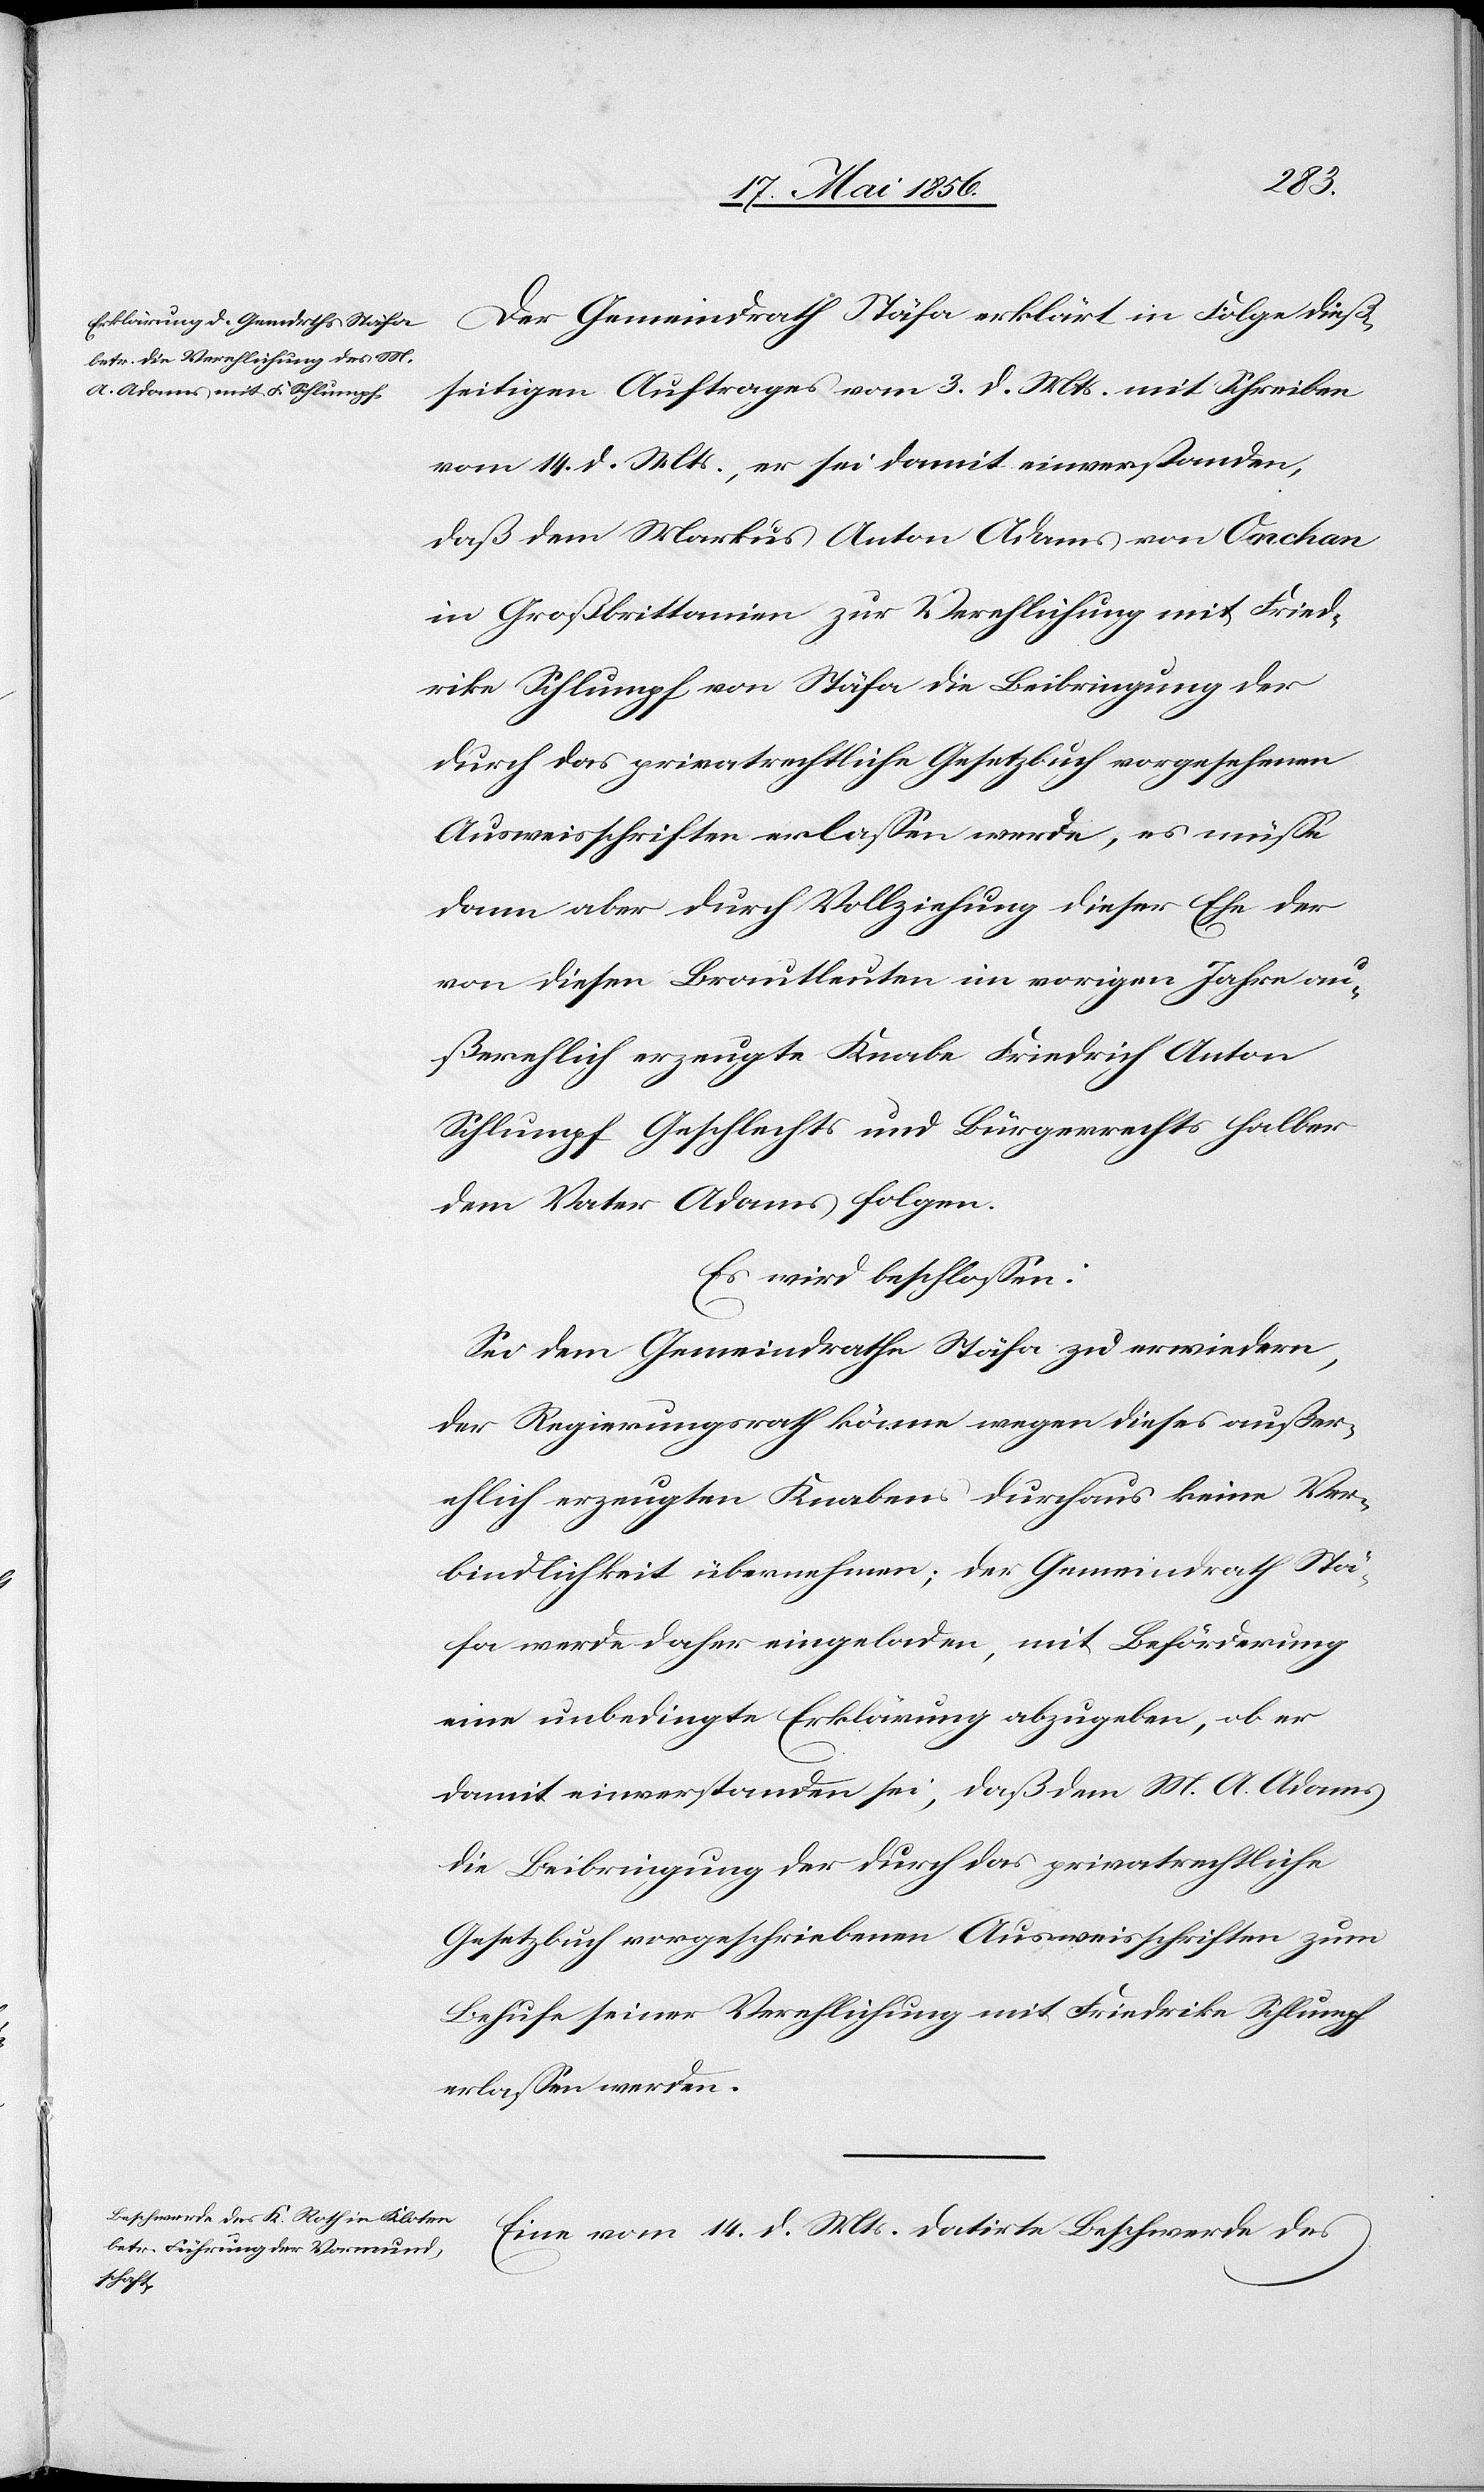
Der Gemeindrath Stäfa erklärt in Folge dieß¬
seitigen Auftrages vom 3. d. Mts. mit Schreiben
vom 14. d. Mts., er sei damit einverstanden,
daß dem Markus Anton Adams von Onchan
in Großbrittanien zur Verehlichung mit Fried¬
rike Schlumpf von Stäfa die Beibringung der
durch das privatrechtliche Gesetzbuch vorgesehenen
Ausweisschriften erlassen werde, es müsse
dann aber durch Vollziehung dieser Ehe der
von diesen Brautleuten im vorigen Jahre au¬
ßerehlich erzeugte Knabe Friedrich Anton
Schlumpf Geschlechts und Bürgerrechts halber
dem Vater Adams folgen.
Es wird beschlossen:
Sei dem Gemeindrathe Stäfa zu erwiedern,
der Regierungsrath könne wegen dieses außer¬
ehlich erzeugten Knaben durchaus keine Ver¬
bindlichkeit übernehmen; der Gemeindrath Stä¬
fa werde daher eingeladen, mit Beförderung
eine unbedingte Erklärung abzugeben, ob er
damit einverstanden sei, daß dem M. A. Adams
die Beibringung der durch das privatrechtliche
Gesetzbuch vorgeschriebenen Ausweisschriften zum
Behufe seiner Verehlichung mit Friedrike Schlumpf
erlassen werden.
Eine vom 14. d. Mts. datirte Beschwerde des